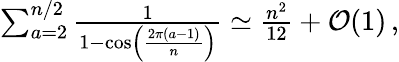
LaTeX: \begin{array}{r}{\sum_{a=2}^{n/2}\frac{1}{1-\cos\left(\frac{2\pi(a-1)}{n}\right)}\simeq\frac{n^{2}}{12}+\mathcal{O}(1)\, ,}\end{array}